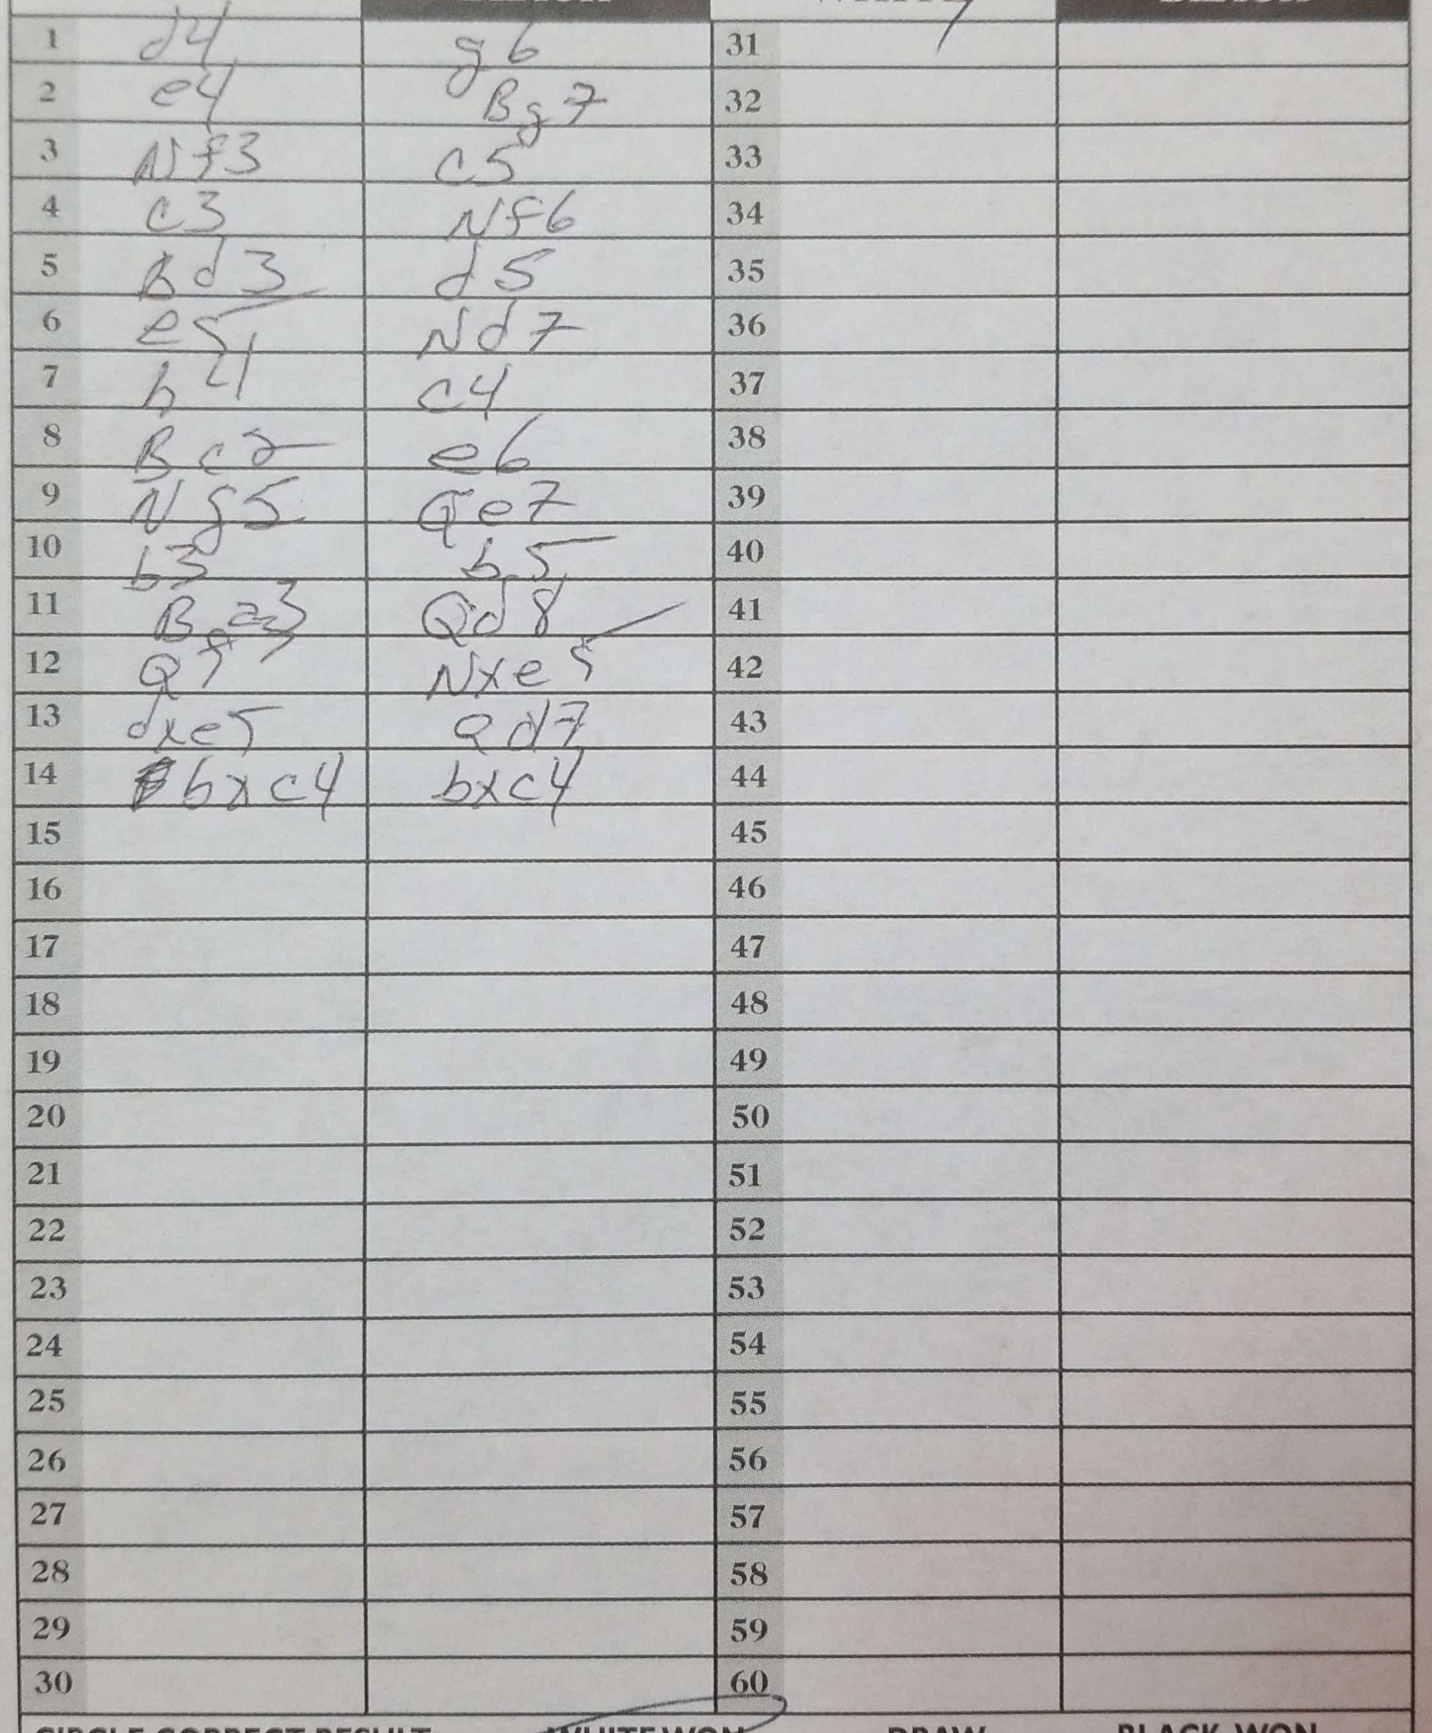
Moves: d4 g6 e4 Bg7 Nf3 c5 c3 Nf6 Bd3 d5 e5 Nd7 h4 c4 Bc2 e6 Ng5 Qe7 b3 b5 Ba3 Qd8 Qf3 Nxe5 dxe5 Qd7 bxc4 bxc4